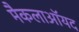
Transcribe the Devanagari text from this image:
मैकलाऑयद